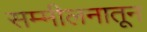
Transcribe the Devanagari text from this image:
सम्मीलनातून